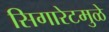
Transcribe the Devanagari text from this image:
सिगारेटमुळे